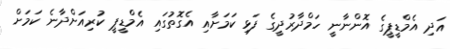
އަދި އެމްޑީޕީގެ އޮންނާނީ ހަމްދާރުދީގެ ފަޅި ކަމަށާއި އެގޮތުގައި އެމްޑީޕީ ކުރިއަށްދާނެ ކަމަށް